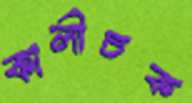
কালীচক